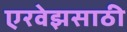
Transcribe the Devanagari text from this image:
एरवेझसाठी